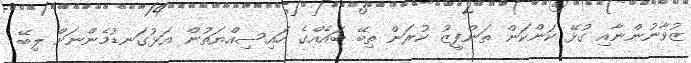
ޒުވާނުންނާއި ގުޅޭ ކަންކަން ތަންފީޒު ކުރަން ތިބޭ ބައެއްގެ ހައިސިއްޔަތުން އަޅުގަނޑުމެންނަށް ލިބޭ